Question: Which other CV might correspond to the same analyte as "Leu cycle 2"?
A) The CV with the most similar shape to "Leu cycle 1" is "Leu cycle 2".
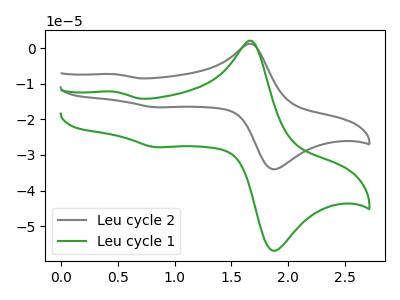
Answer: <think>The gray curve "Leu cycle 2" has anodic peaks at (1.70V, 1.20uA) (0.45V, -7.30uA) and cathodic peaks at (1.90V, -33.80uA) (0.85V, -16.65uA). The green curve "Leu cycle 1" has anodic peaks at (1.70V, 2.00uA) (0.45V, -12.25uA) and cathodic peaks at (1.90V, -56.55uA) (0.85V, -27.80uA).
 All the peaks in "Leu cycle 2" have a peak in "Leu cycle 1" at the same potential.</think>
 <answer>A) The CV with the most similar shape to "Leu cycle 1" is "Leu cycle 2".</answer>
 <eval>A</eval>